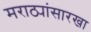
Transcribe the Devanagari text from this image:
मराठ्यांसारखा